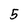
Character: 5